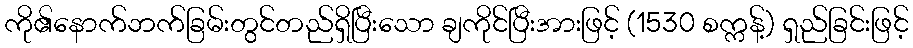
ကို၏နောက်ဘက်ခြမ်းတွင်တည်ရှိပြီးသော ချကိုင်ပြီးအားဖြင့် (1530 စက္ကန့်) ရှည်ခြင်းဖြင့်